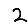
Digit: 2